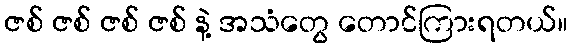
ဇစ် ဇစ် ဇစ် ဇစ် နဲ့ အသံတွေ တောင်ကြားရတယ်။